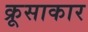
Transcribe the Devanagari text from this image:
क्रूसाकार